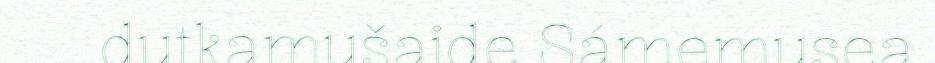
dutkamušaide Sámemusea